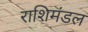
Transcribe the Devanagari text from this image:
राशिमंडल